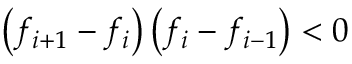
\left( f _ { i + 1 } - f _ { i } \right) \left( f _ { i } - f _ { i - 1 } \right) < 0